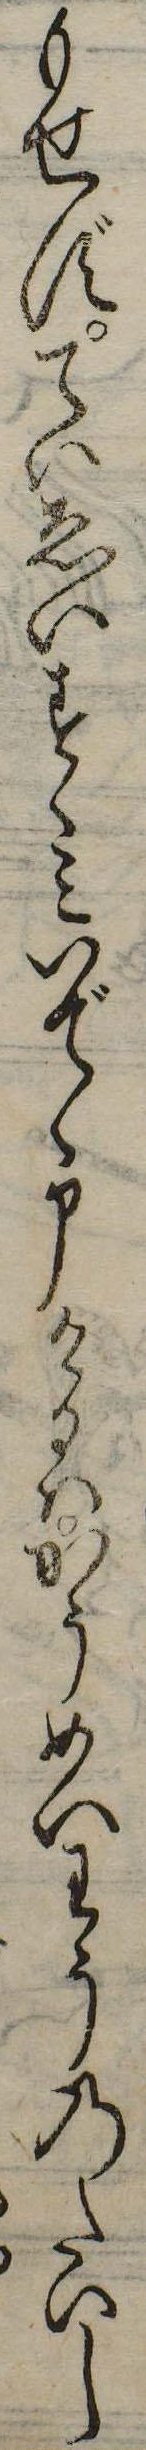
もせずていゑいすくみいでゝ申けるはかうめいわうのたいし